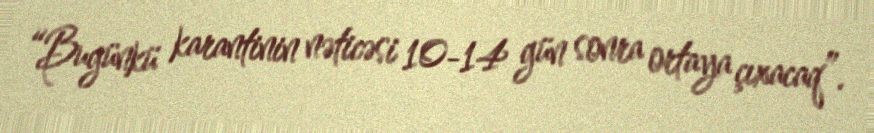
“Bugünkü karantinin nəticəsi 10-14 gün sonra ortaya çıxacaq”.